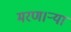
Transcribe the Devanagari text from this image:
मरण।ऱ्या